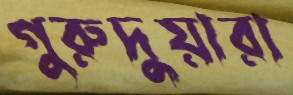
গুরুদুয়ারা